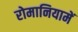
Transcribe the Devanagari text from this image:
रोमानियामें